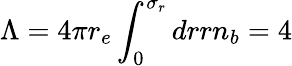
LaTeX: \Lambda=4\pi r_{e}\int_{0}^{\sigma_{r}}drrn_{b}=4